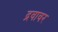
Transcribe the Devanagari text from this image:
द्रवावर